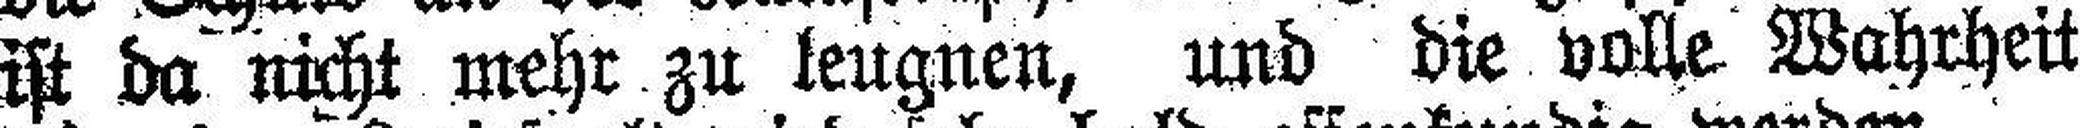
ist da nicht mehr zu leugnen, und die volle Wahrheit